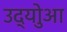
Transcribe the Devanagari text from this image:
उद्योुआ